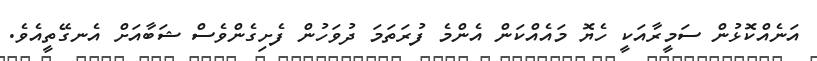
އަނެއްކޮޅުން ސަމީރާއަކީ ހެޔޮ މައެއްކަން އެންމެ ފުރަތަމަ ދުވަހުން ފެށިގެންވެސް ޝަބާއަށް އެނގޭތީއެވެ.